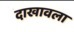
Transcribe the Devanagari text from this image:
दाखावला